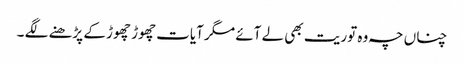
چناں چہ وہ توریت بھی لے آئے مگر آیات چھوڑ چھوڑ کے پڑھنے لگے ۔